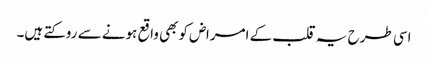
اسی طرح یہ قلب کے امراض کوبھی واقع ہونے سے روکتے ہیں۔